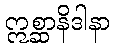
ဣစ္ဆာနိဒါနာ